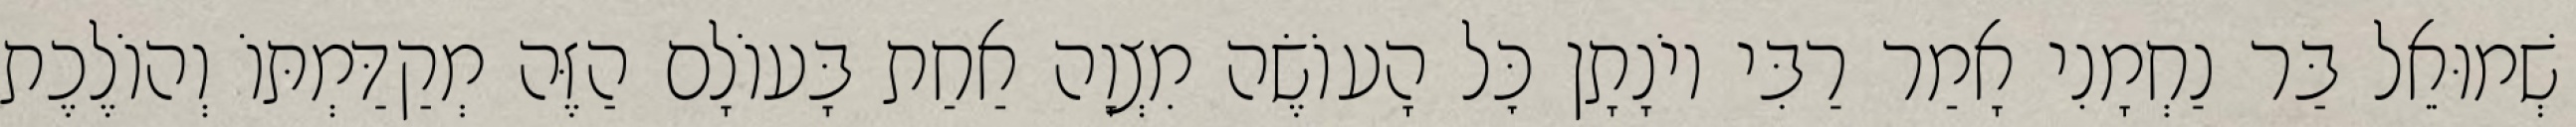
שְׁמוּאֵל בַּר נַחְמָנִי אָמַר רַבִּי יוֹנָתָן כׇּל הָעוֹשֶׂה מִצְוָה אַחַת בָּעוֹלָם הַזֶּה מְקַדַּמְתּוֹ וְהוֹלֶכֶת